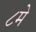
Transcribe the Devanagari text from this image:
८मे